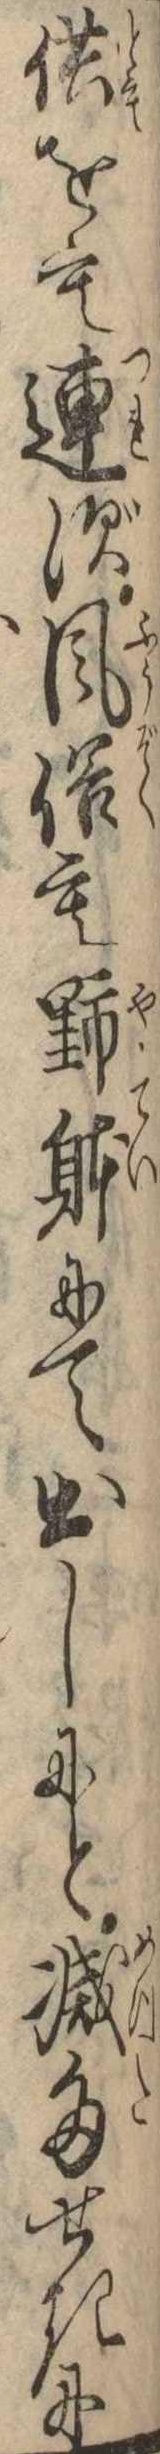
供をも連ず風俗も野体にて出しにと滅多せきに